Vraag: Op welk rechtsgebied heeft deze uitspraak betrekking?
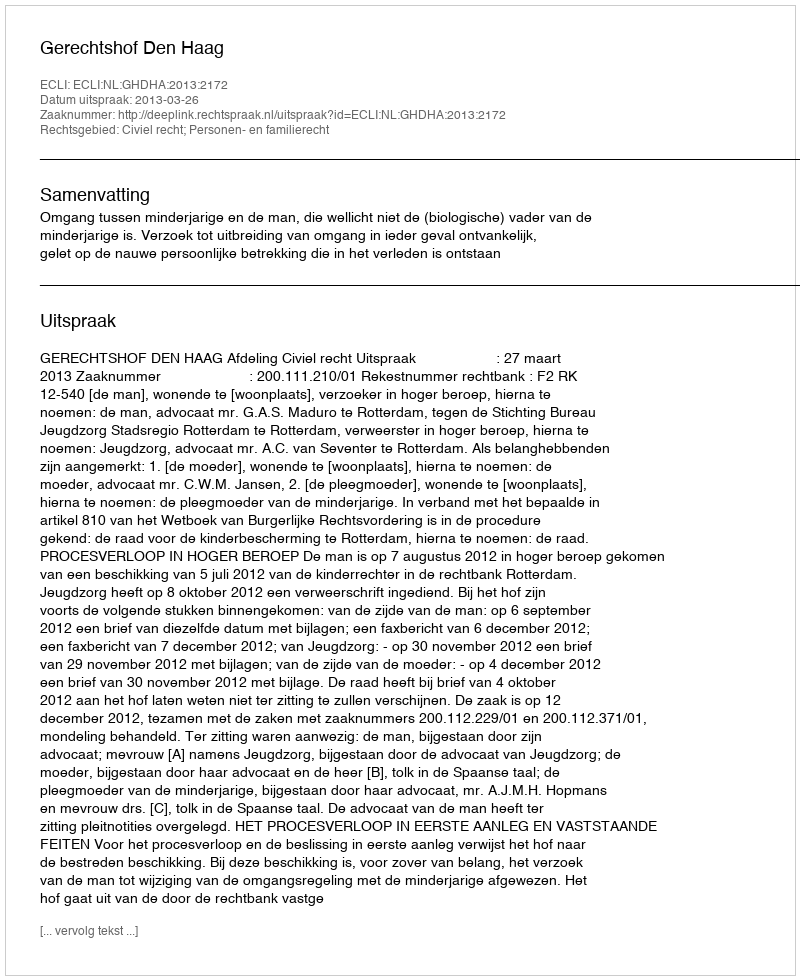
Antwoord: Civiel recht; Personen- en familierecht